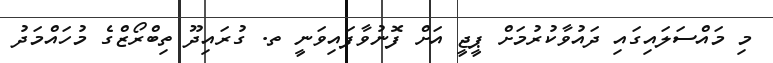
މި މައްސަލައިގައި ދައުވާކުރުމަށް ޕީޖީ އަށް ފޮނުވާފައިވަނީ ތ. ގުރައިދޫ ތިބްރޯޒްގެ މުހައްމަދު